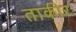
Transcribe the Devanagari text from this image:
ताकीर